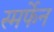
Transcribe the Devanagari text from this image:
स्मर्फेन